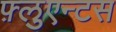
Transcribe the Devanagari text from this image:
फ़्लुएन्टस